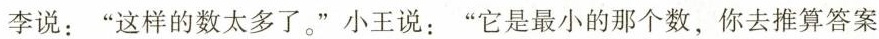
李说：”这样的数太多了。”小王说：”它是最小的那个数，你去推算答案